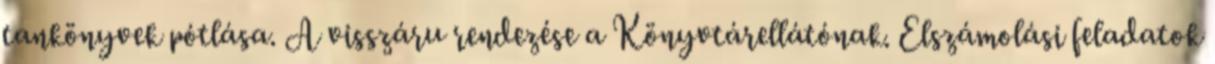
tankönyvek pótlása. A visszáru rendezése a Könyvtárellátónak. Elszámolási feladatok